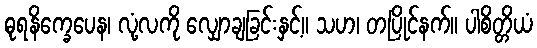
ဓုရနိက္ခေပေန၊ လုံ့လကို လျှောချခြင်းနှင့်။ သဟ၊ တပြိုင်နက်။ ပါစိတ္တိယံ